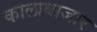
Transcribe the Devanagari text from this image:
कालाबाजार